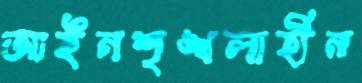
আইনশৃঙ্খলাহীন